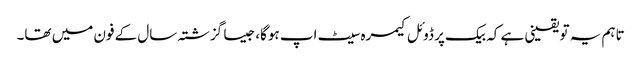
تاہم یہ تو یقینی ہے کہ بیک پر ڈوئل کیمرہ سیٹ اپ ہوگا، جیسا گزشتہ سال کے فون میں تھا۔